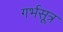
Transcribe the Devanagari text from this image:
गर्भसूत्र